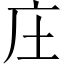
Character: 庄